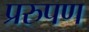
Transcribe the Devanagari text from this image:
प्ररुपण